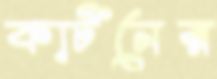
কার্টনের